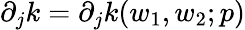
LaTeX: \partial_{j}k=\partial_{j}k(w_{1},w_{2};p)